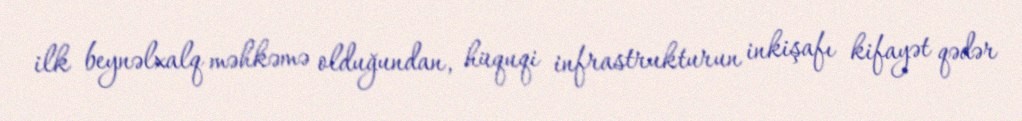
ilk beynəlxalq məhkəmə olduğundan, hüquqi infrastrukturun inkişafı kifayət qədər